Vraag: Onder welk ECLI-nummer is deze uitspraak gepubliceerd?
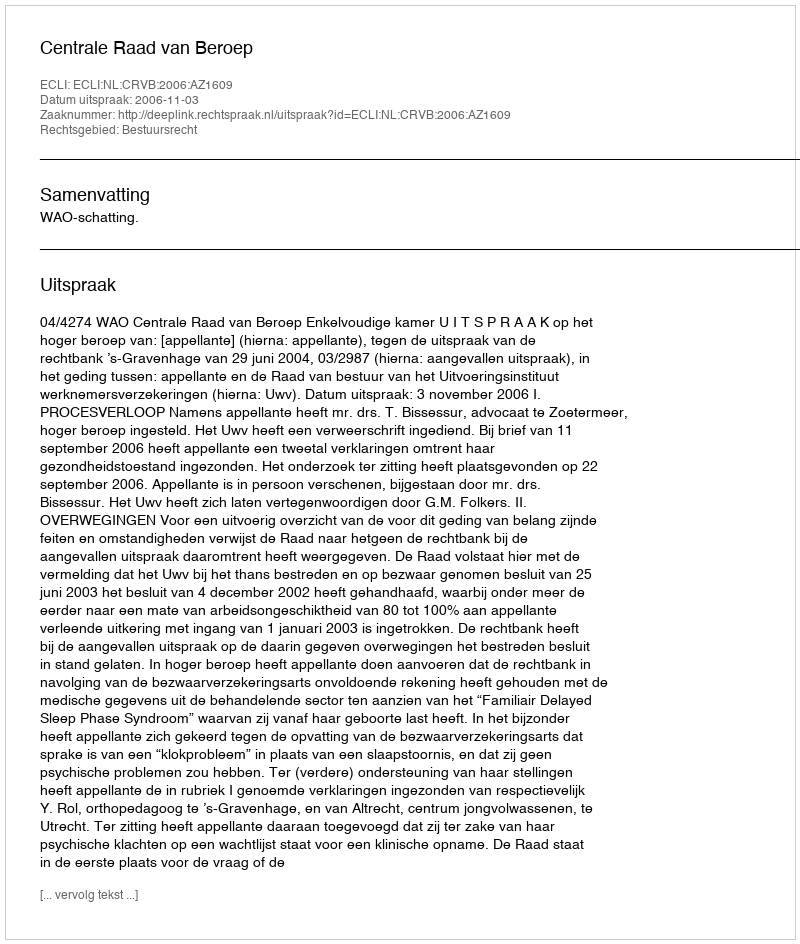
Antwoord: ECLI:NL:CRVB:2006:AZ1609